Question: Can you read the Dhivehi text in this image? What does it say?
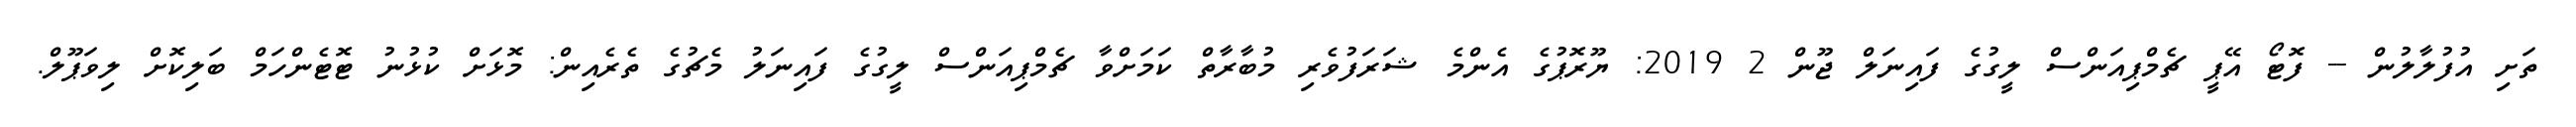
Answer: ތަށި އުފުލާލުން -- ފޮޓޯ އޭޕީ ޗެމްޕިއަންސް ލީގުގެ ފައިނަލް ޖޫން 2 2019: ޔޫރޮޕުގެ އެންމެ ޝަރަފުވެރި މުބާރާތް ކަމަށްވާ ޗެމްޕިއަންސް ލީގުގެ ފައިނަލު މެޗުގެ ތެރެއިން: މޮޅަށް ކުޅުނު ޓޮޓެންހަމް ބަލިކޮށް ލިވަޕޫލް.